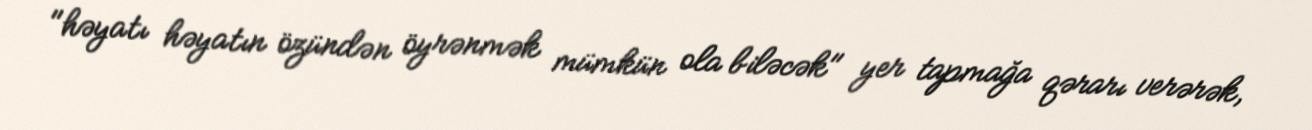
"həyatı həyatın özündən öyrənmək mümkün ola biləcək" yer tapmağa qərarı verərək,